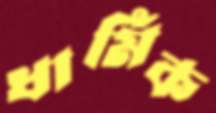
ধার্মিক